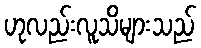
ဟုလည်းလူသိများသည်